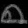
Digit: ၈